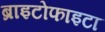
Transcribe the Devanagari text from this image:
ब्राइटोफाइटा